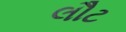
લૌટ